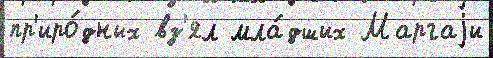
пр'иро́дных вз'ял мла́дших Маргаjи